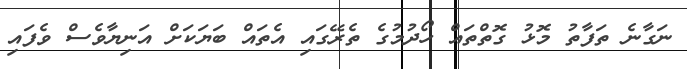
ނަގާނެ ތަފާތު މޮޅު ގޮތްތައް ހޯދުމުގެ ތެރޭގައި އެތައް ބަޔަކަށް އަނިޔާވެސް ވެފައި